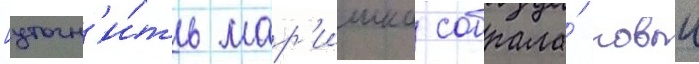
[уточн'и́ть мар'ишка собрала́ новыи